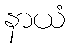
နာယံ